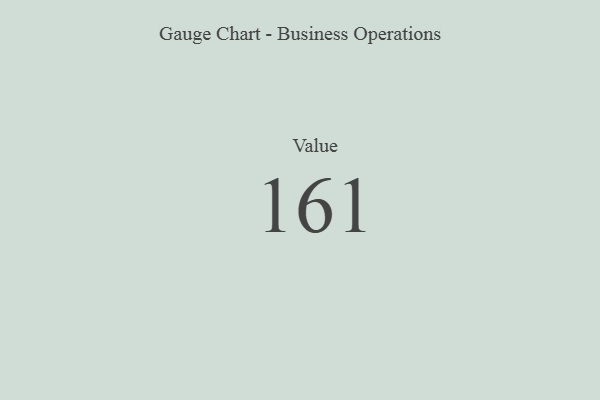
{"axis": {"x": "Metric", "y": "Value"}, "legend": [""], "data": [{"x": "Value", "y": 161, "type": ""}]}